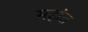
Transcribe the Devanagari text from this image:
महांत